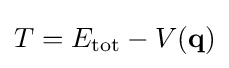
T=E_{\text{tot}}-V(\mathbf {q} )